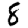
Digit: 8